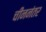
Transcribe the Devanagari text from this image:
चीननंतर